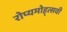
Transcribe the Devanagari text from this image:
रोप्यमोह्त्सवी